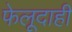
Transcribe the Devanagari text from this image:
फेलूदाही